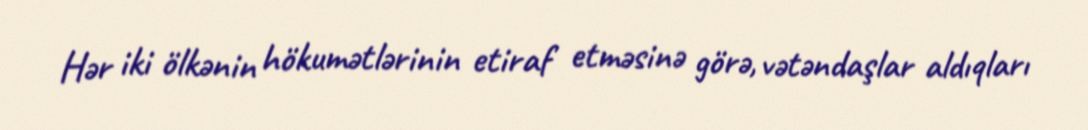
Hər iki ölkənin hökumətlərinin etiraf etməsinə görə, vətəndaşlar aldıqları